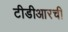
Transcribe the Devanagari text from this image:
टीडीआरची